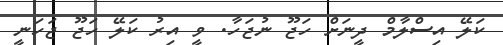
ކަލޭ އިސްލާމް ދީނަށް ހަޖޫ ނުޖަހާ. ވީ އިރު ކަލޭ ހަޖޫ ޖަހަނީ